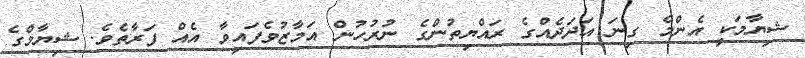
ޝިޔާމަކީ އެންމެ ގިނަ އަދަދެއްގެ ރައްޔިތުންގެ ނުރުހުން އަމާޒުވެފައިވާ އެއް ފަރާތެވެ. ޝިޔާމްގެ